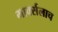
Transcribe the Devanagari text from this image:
मार्क्‍सलाच